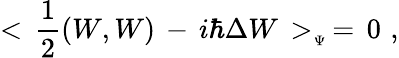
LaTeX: <\, {\frac{1}{2}}(W,W)\, -\, i\hbar\Delta W\, >_{_{\Psi}}\, =\, 0\, \, ,